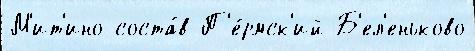
М'ит'ино соста́в П'е́рмск'ий Б'ел'еньково